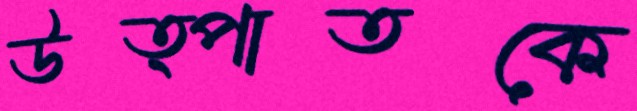
উত্পাতকে